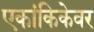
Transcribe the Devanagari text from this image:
एकांकिकेवर